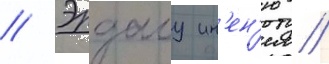
// Эрдалу ин'ен'ю /